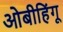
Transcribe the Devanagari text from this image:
ओबीहिंगू